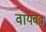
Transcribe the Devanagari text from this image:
वायवः।